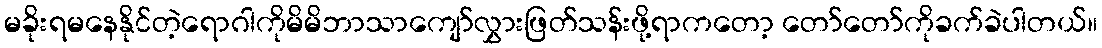
မခိုးရမနေနိုင်တဲ့ရောဂါကိုမိမိဘာသာကျော်လွှားဖြတ်သန်းဖို့ရာကတော့ တော်တော်ကိုခက်ခဲပါတယ်။